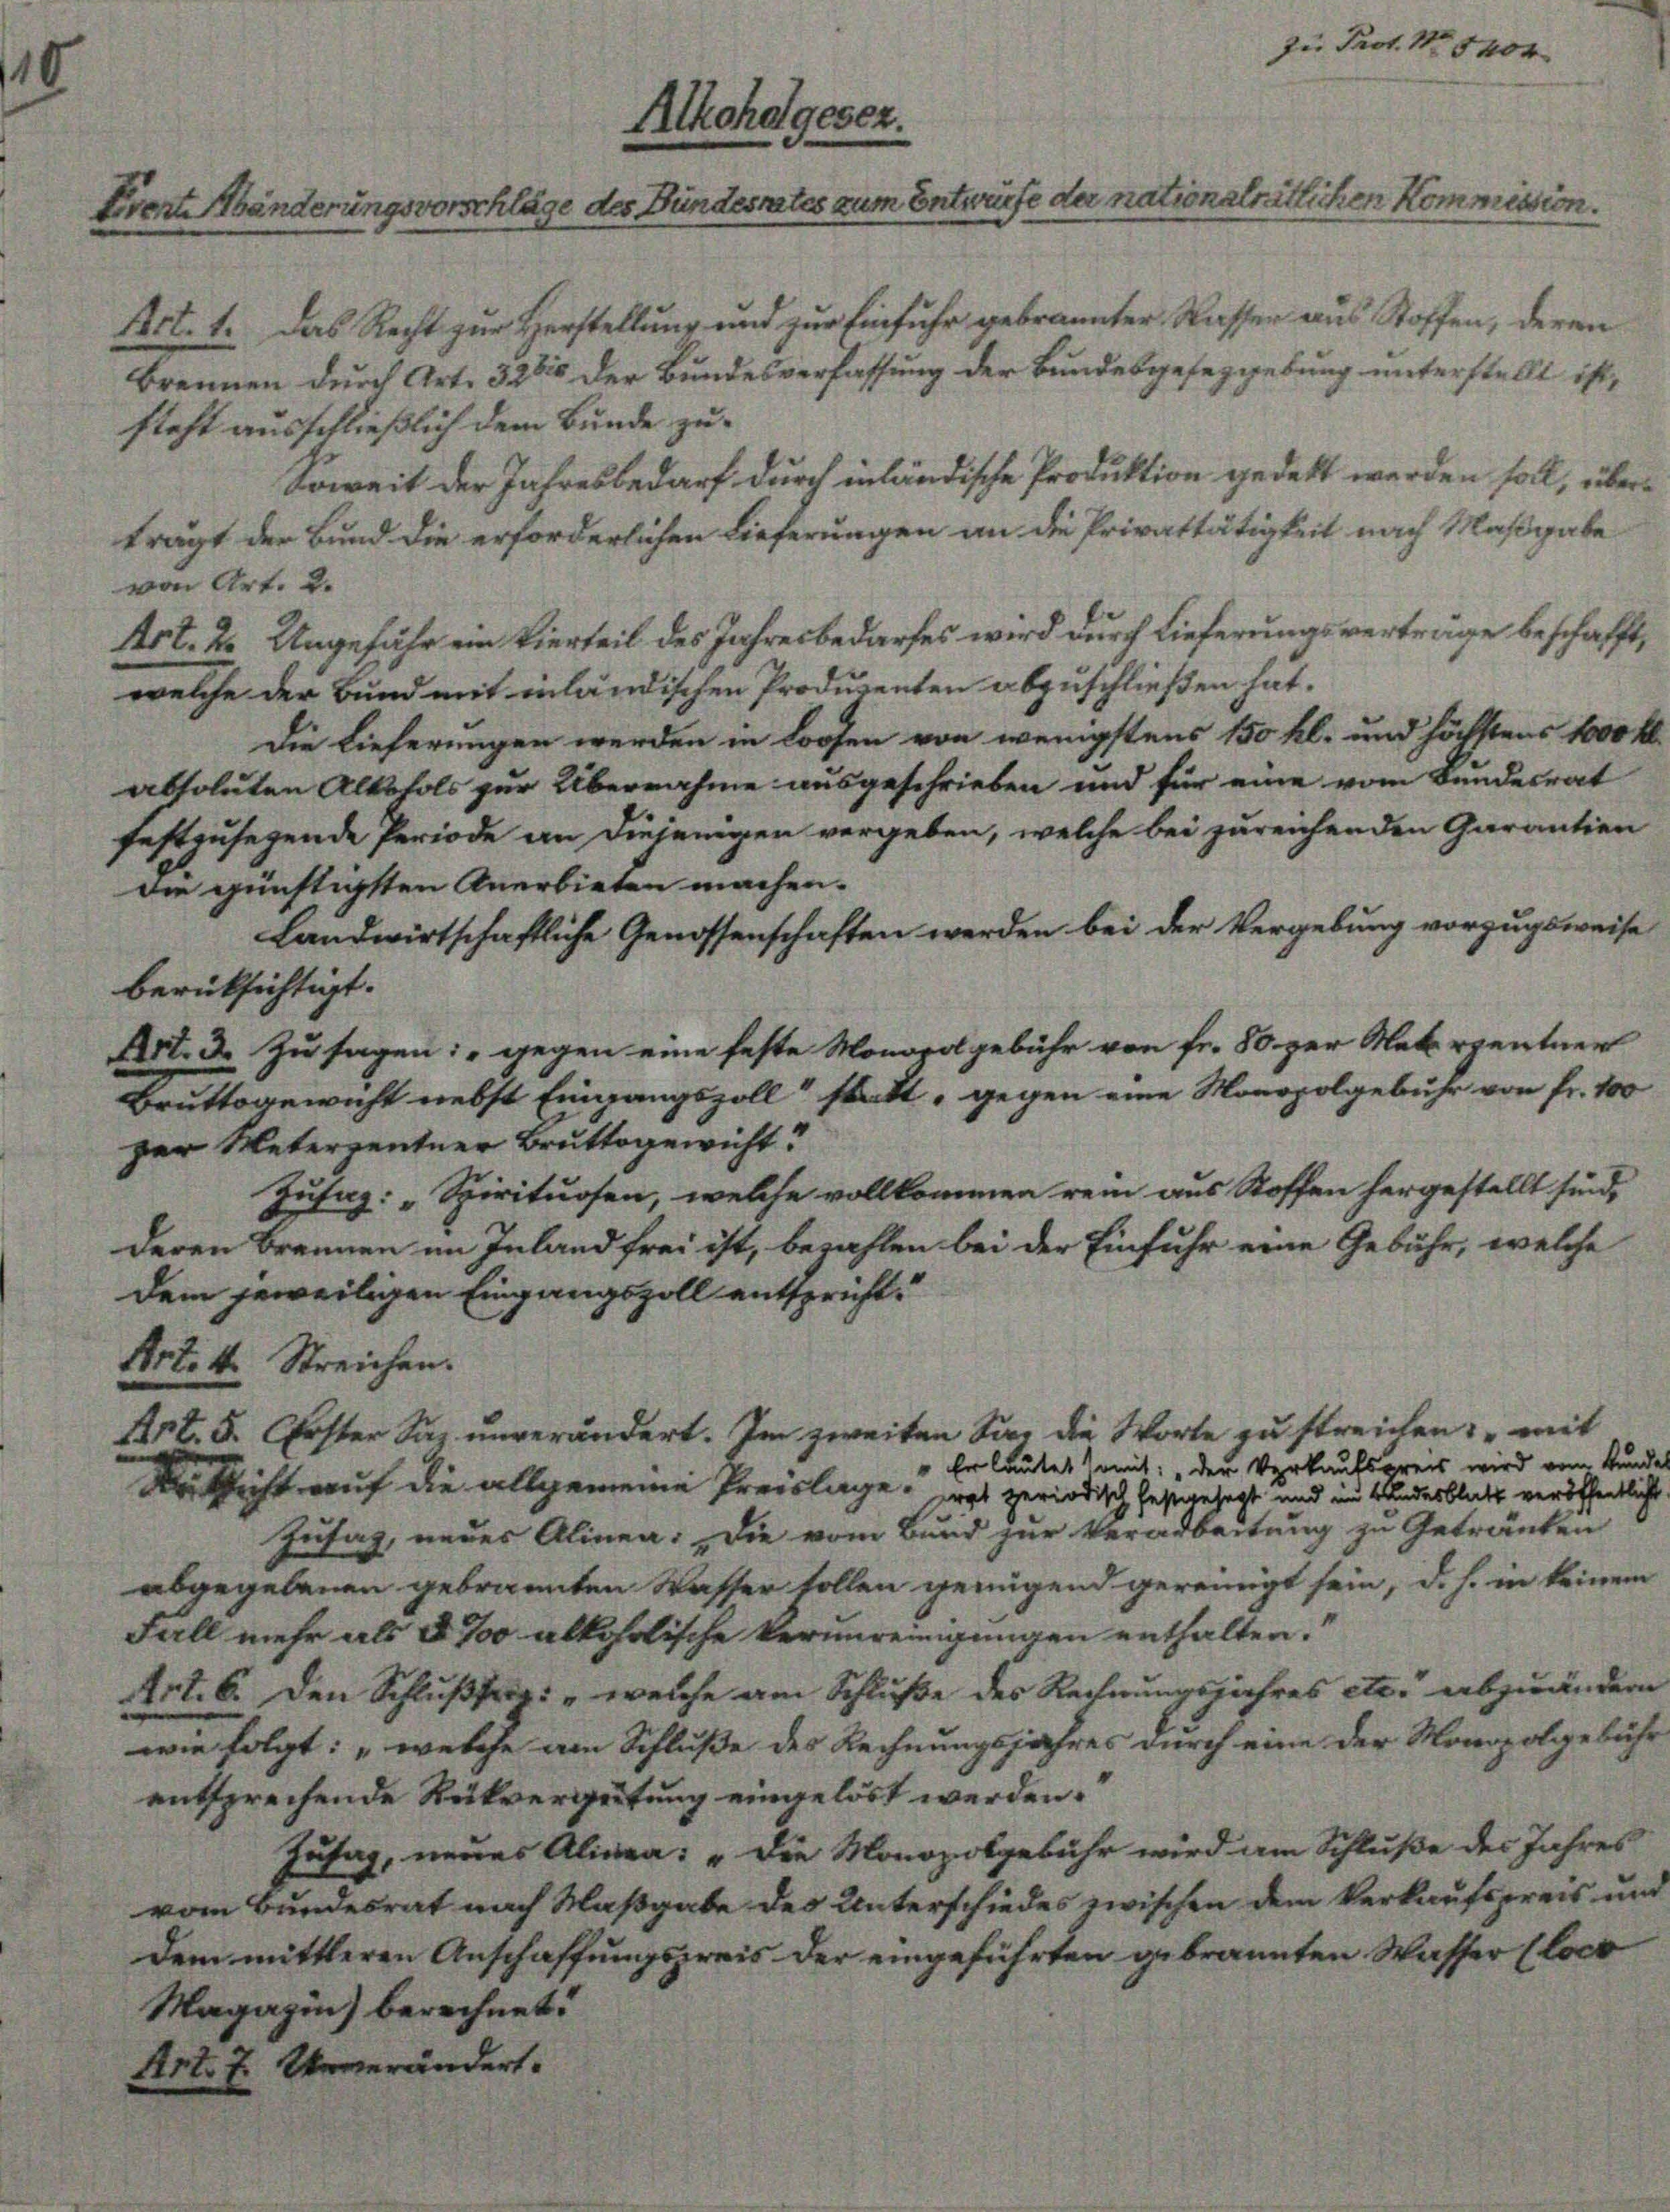
Art. 1. Das Recht zur Herstellung und zur Einfuhr gebrannter Wasser an
Brennen durch Art. 3280 der Bundesverfassung der Bundesgesetzgebung
steht ausschließlich dem Bunde zu¬
Soweit der Jahresbedarf durch inländische Produktion gedekt.
trägt der Bund die erforderlichen Lieferungen an die Privattätigkeit
von Art. 2.
Art. 2. Ungefähr ein Vierteil des Jahresbedarfes wird durch Lieferungswelche der Bund mit inländischen Produzenten abzuschließen hat.
Die Lieferungen werden in Loosen von wenigstens 150 kl.
absoluten Alkohols zur Übernahme ausgeschrieben und für eine
festzusegende Periode an diejenigen vergeben, welche bei zureiche
die günstigsten Anerbieten machen.
Landwirtschaftliche Genossenschaften werden bei der Vergebe
berücksichtigt.
Art. 3. Zusagen: gegen eine feste Monopol gebühr von fr. 80 zur Materpentner
Bruttogewicht nebst Eingangszoll statt, gegen eine Monopolgebühr von Fr. 4
zer Unterzentner Bruttogewicht?
Zusaz: „Spirituosen, welche vollkommen rein aus Stoffen hergestellt sind,
deren Brennen im Inland frei ist, bezahlen bei der Einfuhr eine
dem jeweiligen Eingangszoll entspricht.
Art. 4. Streichen.
Art. 5. Erster Saz unverändert. Im zweiten San die Worte zu streichen, mit
" Er lautet somit: „der Verkaufspreis wird vom Kund-
Der Richt auf die allgemeine Preislage, was periodisch festgehegt und im Bundesblatt veröffentliche
Zusag, neues Alinea: Die vom Bund zur Verarbeitung zu Getränken
abgegebenen gebrannten Wasser sollen genügend gereinigt sei
Fall mehr als 5 ‰ alkoholische Verunreinigungen enthalten.“
Art. 6. Den Schlußfag: „welche am Schluße des Rechnungsjahreswie folgt: „welche am Schluße des Rechnungsjahres durch eine
entsprechende Rückvergütung eingelöst werden.
Zusag, neues Alinea: „Die Monopolgebühr wird am Sp
vom Bundesrat nach Maßgabe des Unterschiedes zwischen dem k.
dem mittleren Anschaffungspreis der eingeführten gebrannten

Mohage

und höchstens 1000 f
om Bundesrat

isch

lehe